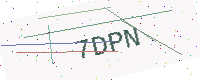
Text: 7DPN